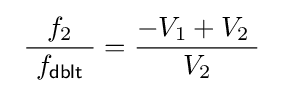
\ {\frac {f_{2}}{\ f_{\mathsf {dblt}}\ }}={\frac {-V_{1}+V_{2}\;}{V_{2}}}~